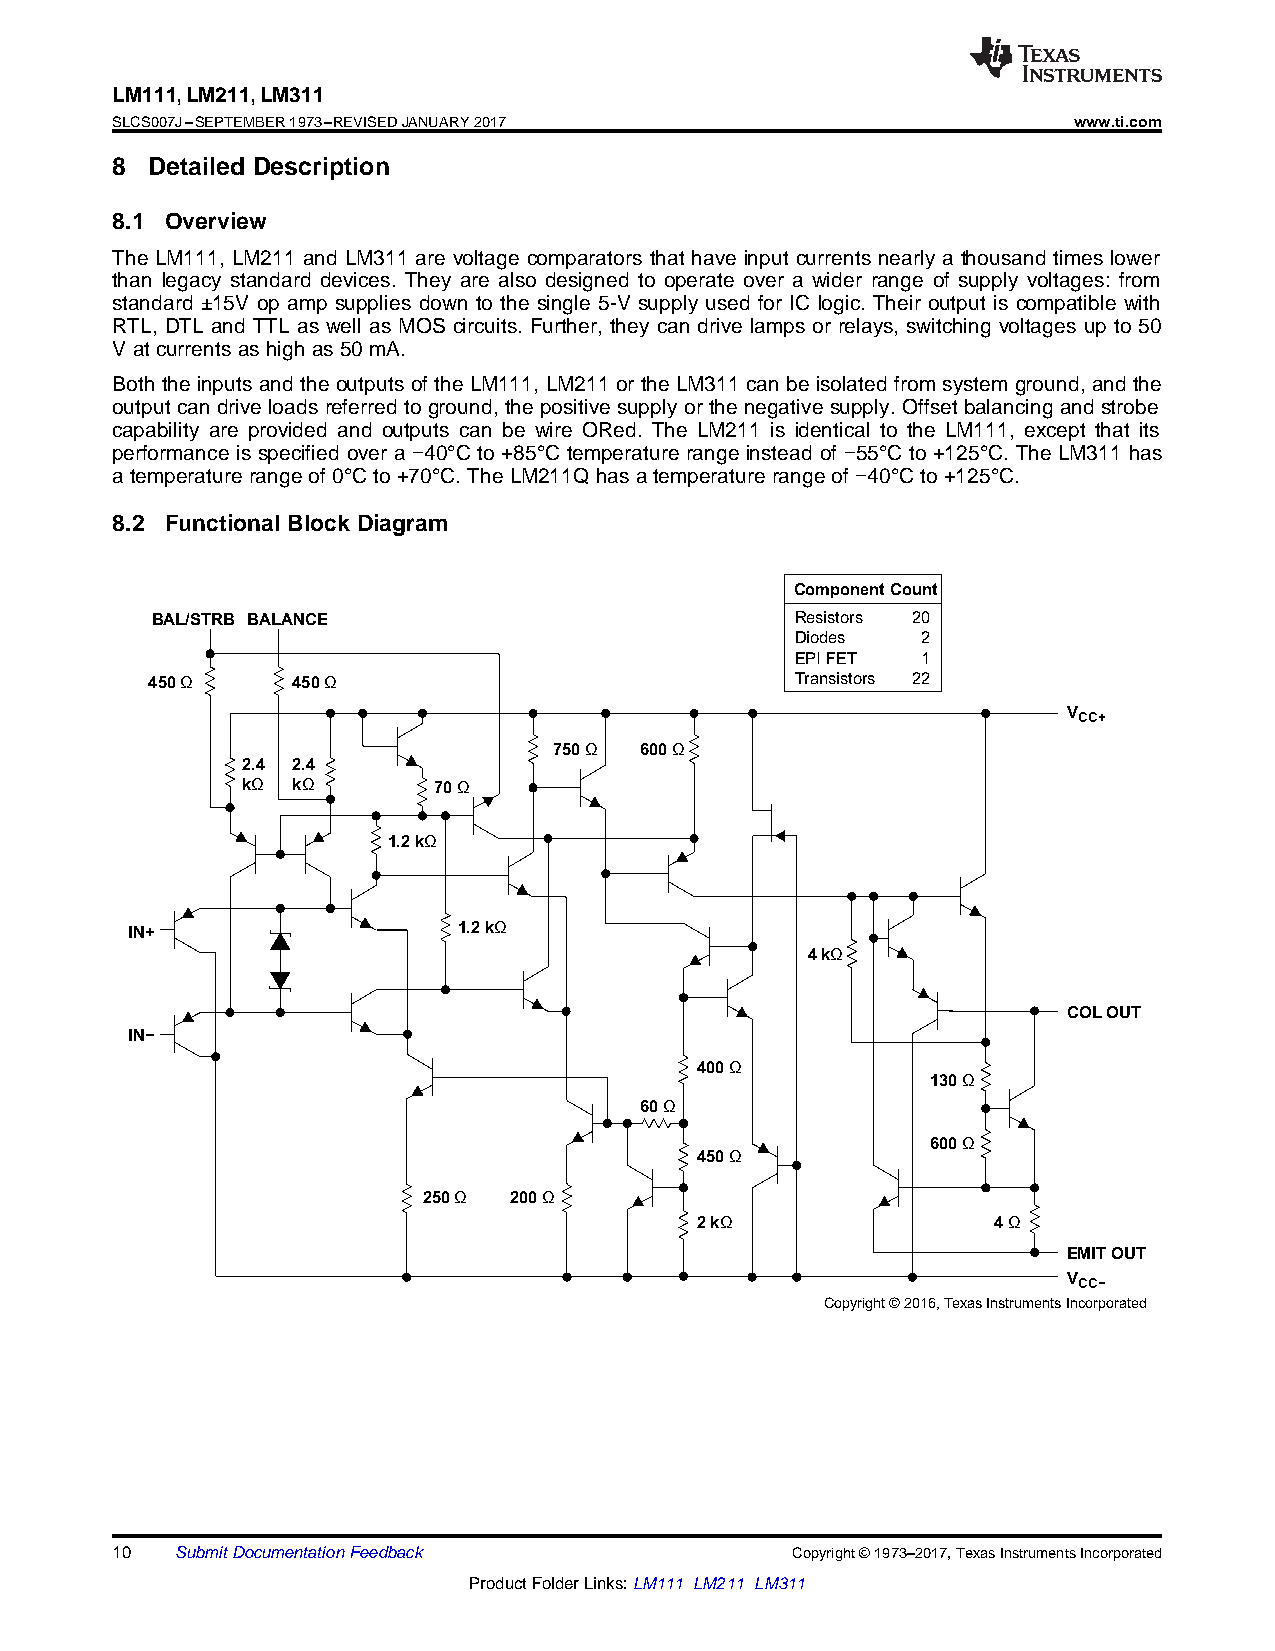
LM111,LM211,LM311
 SLCS007J–SEPTEMBER1973–REVISEDJANUARY2017                       www.ti.com
 8  Detailed Description
 8.1 Overview
 The LM111, LM211 and LM311 are voltage comparators that have input currents nearly a thousand times lower
 than legacy standard devices. They are also designed to operate over a wider range of supply voltages: from
 standard ±15V op amp supplies down to the single 5-V supply used for IC logic. Their output is compatible with
 RTL, DTL and TTL as well as MOS circuits. Further, they can drive lamps or relays, switching voltages up to 50
 Vatcurrentsashighas50mA.
 Both the inputs and the outputs of the LM111, LM211 or the LM311 can be isolated from system ground, and the
 output can drive loads referred to ground, the positive supply or the negative supply. Offset balancing and strobe
 capability are provided and outputs can be wire ORed. The LM211 is identical to the LM111, except that its
 performance is specified over a −40°C to +85°C temperature range instead of −55°C to +125°C. The LM311 has
 atemperaturerangeof0°Cto+70°C.TheLM211Qhasatemperaturerangeof −40°Cto+125°C.
 8.2 Functional Block Diagram
 Component Count
 BAL/STRB BALANCE                           Resistors 20
 Diodes  2
 EPI FET 1
 450Ω     450Ω                              Transistors 22
 VCC+
 750Ω 600Ω
 2.4 2.4
 kΩ kΩ        70Ω
 1.2 kΩ
 IN+                   1.2 kΩ
 4 kΩ
 COLOUT
 IN−
 400Ω
 130Ω
 60Ω
 600Ω
 450Ω
 250Ω  200Ω
 2 kΩ                4Ω
 EMIT OUT
 VCC−
 Copyright © 2016,Texas Instruments Incorporated
 10   SubmitDocumentationFeedback             Copyright©1973–2017,TexasInstrumentsIncorporated
 ProductFolderLinks:LM111 LM211 LM311